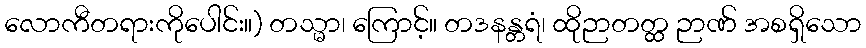
လောကီတရားကိုပေါင်း။) တသ္မာ၊ ကြောင့်။ တဒနန္တရံ၊ ထိုဉာတတ္ထ ဉာဏ် အစရှိသော